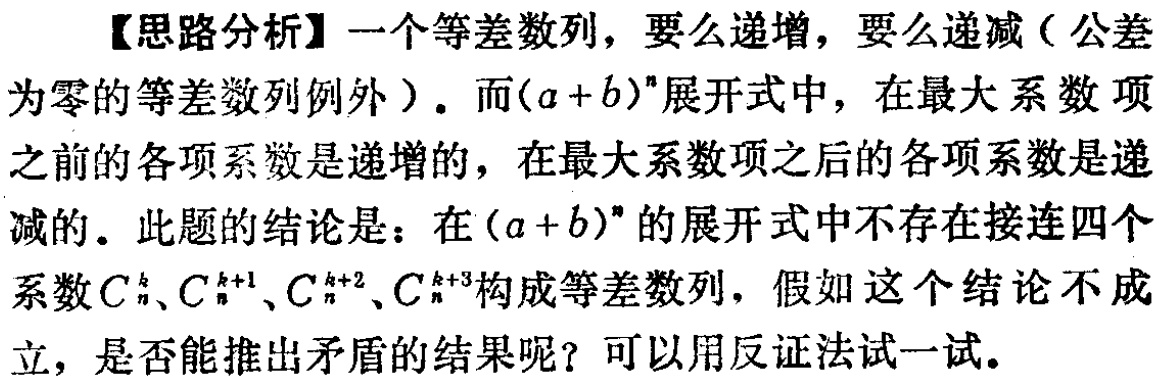
【思路分析】一个等差数列，要么递增，要么递减（公差为零的等差数列例外）。而\((a + b)^n\)展开式中，在最大系数项之前的各项系数是递增的，在最大系数项之后的各项系数是递减的。此题的结论是：在\((a + b)^n\)的展开式中不存在接连四个系数\(C_{n}^{k}、C_{n}^{k + 1}、C_{n}^{k + 2}、C_{n}^{k + 3}\)构成等差数列，假如这个结论不成立，是否能推出矛盾的结果呢？可以用反证法试一试。